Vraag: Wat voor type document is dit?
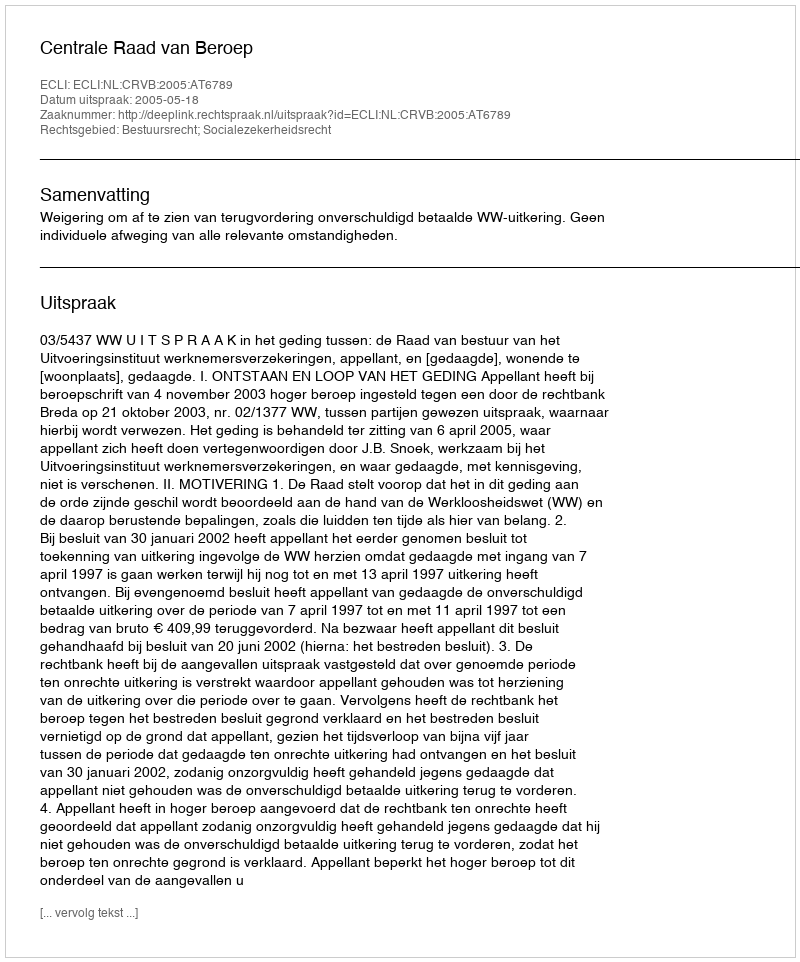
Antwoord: Uitspraak